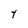
Character: t